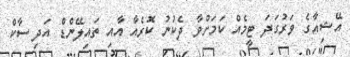
އޭޝިއާގެ ވަރުގަދަ ޓީމެއް ކަމަށްވާ ދެކުނު ކޮރެއާ އާއި ތައިލޭންޑް އަދި ސާކް